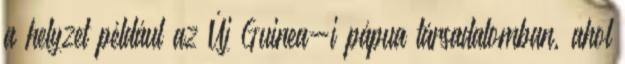
a helyzet például az Új Guinea-i pápua társadalomban, ahol